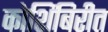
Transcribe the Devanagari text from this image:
कोशिंबिरीत